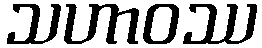
သဟာဝဿ